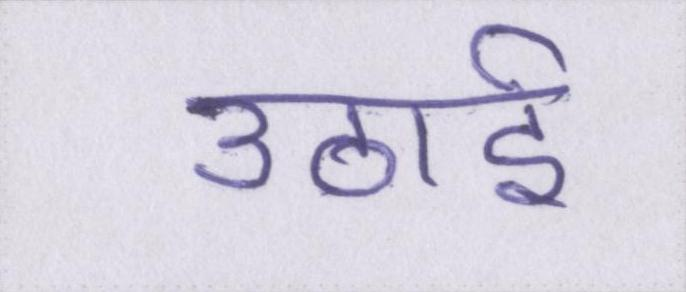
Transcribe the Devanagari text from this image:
उठाई